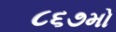
૮૬૭મો